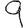
Digit: 9